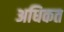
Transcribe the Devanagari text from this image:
अधिकत